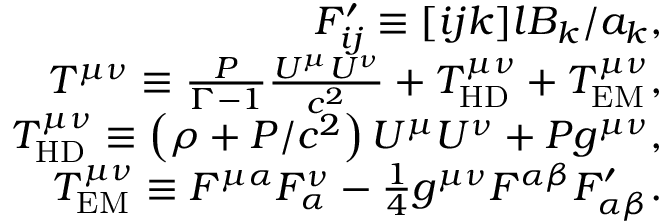
\begin{array} { r } { F _ { i j } ^ { \prime } \equiv [ i j k ] l B _ { k } / a _ { k } , } \\ { T ^ { \mu \nu } \equiv \frac { P } { \Gamma - 1 } \frac { U ^ { \mu } U ^ { \nu } } { c ^ { 2 } } + T _ { \mathrm { H D } } ^ { \mu \nu } + T _ { \mathrm { E M } } ^ { \mu \nu } , } \\ { T _ { \mathrm { H D } } ^ { \mu \nu } \equiv \left( \rho + P / c ^ { 2 } \right) U ^ { \mu } U ^ { \nu } + P g ^ { \mu \nu } , } \\ { T _ { \mathrm { E M } } ^ { \mu \nu } \equiv F ^ { \mu \alpha } F _ { \alpha } ^ { \nu } - \frac { 1 } { 4 } g ^ { \mu \nu } F ^ { \alpha \beta } F _ { \alpha \beta } ^ { \prime } . } \end{array}